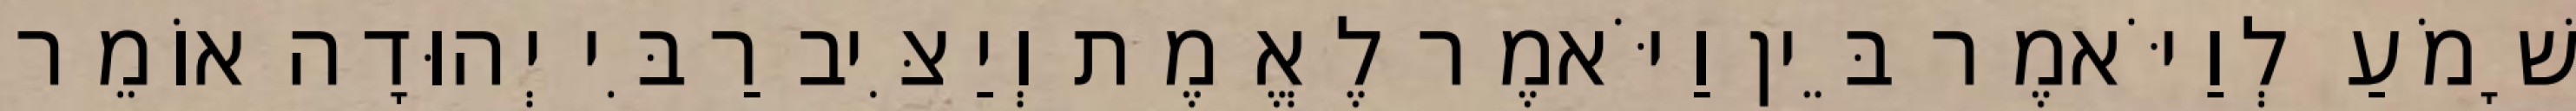
שָׁמֹעַ לְוַיֹּאמֶר בֵּין וַיֹּאמֶר לֶאֱמֶת וְיַצִּיב רַבִּי יְהוּדָה אוֹמֵר